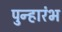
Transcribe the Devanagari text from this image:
पुन्हारंभ